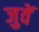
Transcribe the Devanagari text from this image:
जुवें